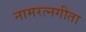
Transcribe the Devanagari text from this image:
नामरत्नगीता